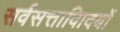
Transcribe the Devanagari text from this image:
सर्वसत्तावािदयों